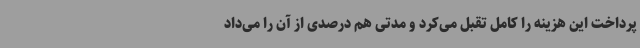
پرداخت این هزینه را کامل تقبل می‌کرد و مدتی هم درصدی از آن را می‌داد